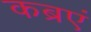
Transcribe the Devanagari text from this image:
कब्रएं